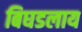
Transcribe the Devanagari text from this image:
बिघडलाय